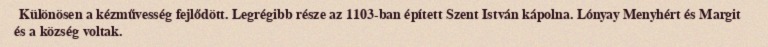
Különösen a kézművesség fejlődött. Legrégibb része az 1103-ban épített Szent István kápolna. Lónyay Menyhért és Margit és a község voltak.